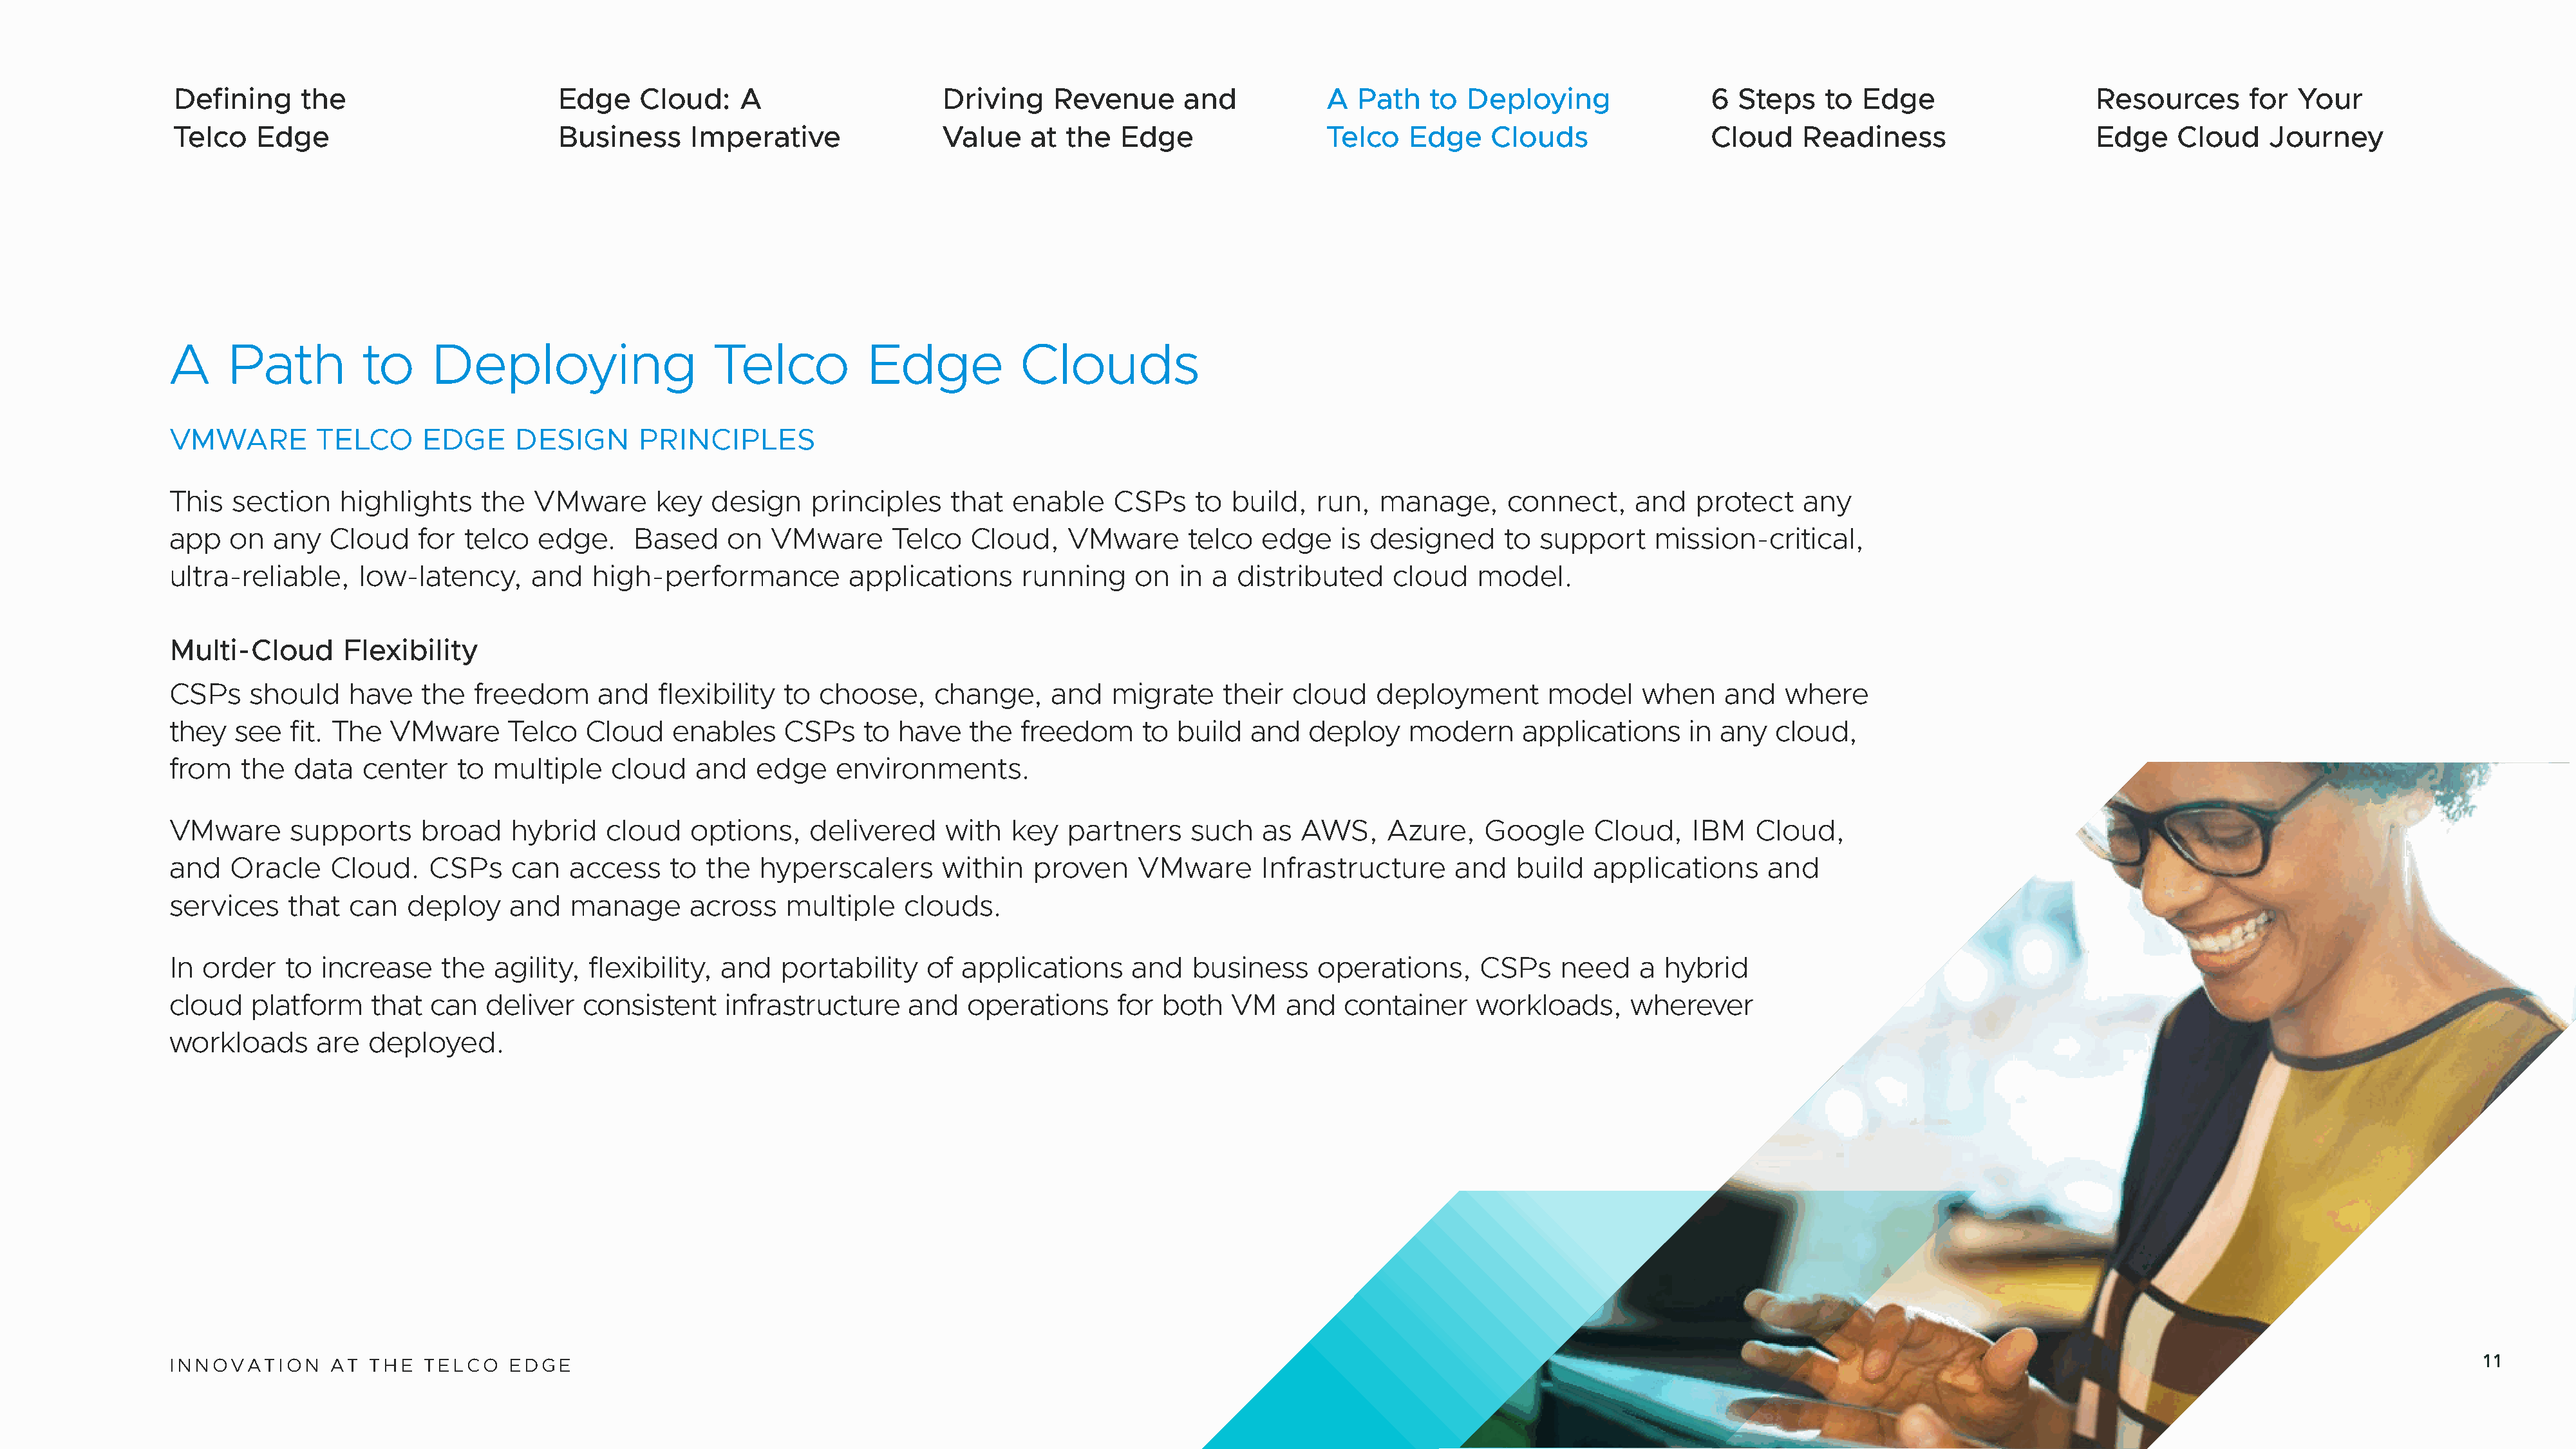
Defining     the                       Edge     Cloud:    A                    Driving    Revenue       and           A  Path    to  Deploying                6  Steps    to Edge                    Resources       for  Your
 Telco   Edge                           Business      Imperative                Value    at  the  Edge                 Telco    Edge    Clouds                 Cloud    Readiness                     Edge     Cloud    Journey
 A     Path          to     Deploying                    Telco           Edge            Clouds
 VMWARE          TELCO     EDGE      DESIGN       PRINCIPLES
 This   section    highlights    the   VMware      key   design    principles     that  enable     CSPs    to  build,  run,   manage,      connect,     and   protect    any
 app    on  any   Cloud    for  telco  edge.     Based     on  VMware       Telco   Cloud,    VMware      telco   edge    is designed      to support     mission-critical,
 ultra-reliable,     low-latency,      and   high-performance          applications      running     on  in  a distributed     cloud    model.
 Multi-Cloud       Flexibility
 CSPs     should    have   the   freedom      and   flexibility  to choose,     change,     and   migrate     their  cloud   deployment        model     when    and   where
 they   see   fit. The  VMware      Telco   Cloud    enables     CSPs    to have    the  freedom     to  build   and   deploy    modern     applications      in any   cloud,
 from    the  data   center    to  multiple    cloud    and   edge    environments.
 VMware       supports     broad     hybrid   cloud    options,    delivered     with   key   partners    such    as  AWS,     Azure,    Google     Cloud,    IBM   Cloud,
 and    Oracle    Cloud.    CSPs     can   access    to  the  hyperscalers       within   proven     VMware       Infrastructure      and   build   applications      and
 services     that  can   deploy    and    manage      across    multiple    clouds.
 In  order   to  increase    the   agility,  flexibility, and   portability    of  applications     and    business    operations,      CSPs    need    a  hybrid
 cloud    platform    that  can   deliver   consistent    infrastructure     and   operations      for both    VM   and   container     workloads,      wherever
 workloads       are  deployed.
 INNOVATION       AT  THE   TELCO   EDGE                                                                                                                                                                                                       11